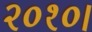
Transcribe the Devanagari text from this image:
२०१०।